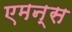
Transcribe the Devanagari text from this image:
एमन्स